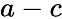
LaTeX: a-c